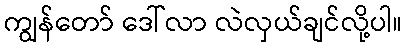
ကျွန်တော် ဒေါ်လာ လဲလှယ်ချင်လို့ပါ။